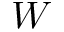
W